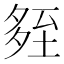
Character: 𡖧